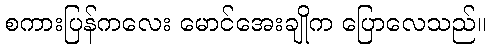
စကားပြန်ကလေး မောင်အေးချိုက ပြောလေသည်။